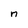
Character: n